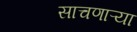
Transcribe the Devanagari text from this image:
साचणाऱ्या